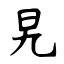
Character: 旯